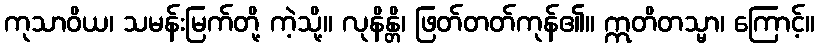
ကုသာဝိယ၊ သမန်းမြက်တို့ ကဲ့သို့။ လုနိန္တိ၊ ဖြတ်တတ်ကုန်၏။ ဣတိတသ္မာ၊ ကြောင့်။